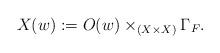
LaTeX: \begin{align*}X(w):= O(w)\times_{\left(X\times X\right)}\Gamma_F.\end{align*}